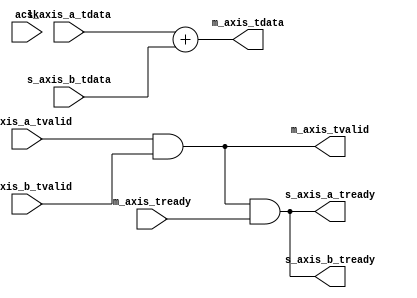
module axis_adder #
(
  parameter integer AXIS_TDATA_WIDTH = 32,
  parameter         AXIS_TDATA_SIGNED = "FALSE"
)
(
  input  wire                        aclk,
  output wire                        s_axis_a_tready,
  input  wire [AXIS_TDATA_WIDTH-1:0] s_axis_a_tdata,
  input  wire                        s_axis_a_tvalid,
  output wire                        s_axis_b_tready,
  input  wire [AXIS_TDATA_WIDTH-1:0] s_axis_b_tdata,
  input  wire                        s_axis_b_tvalid,
  input  wire                        m_axis_tready,
  output wire [AXIS_TDATA_WIDTH-1:0] m_axis_tdata,
  output wire                        m_axis_tvalid
);
  wire [AXIS_TDATA_WIDTH-1:0] int_tdata_wire;
  wire int_tready_wire, int_tvalid_wire;
  generate
    if(AXIS_TDATA_SIGNED == "TRUE")
    begin : SIGNED
      assign int_tdata_wire = $signed(s_axis_a_tdata) + $signed(s_axis_b_tdata);
    end
    else
    begin : UNSIGNED
      assign int_tdata_wire = s_axis_a_tdata + s_axis_b_tdata;
    end
  endgenerate
  assign int_tvalid_wire = s_axis_a_tvalid & s_axis_b_tvalid;
  assign int_tready_wire = int_tvalid_wire & m_axis_tready;
  assign s_axis_a_tready = int_tready_wire;
  assign s_axis_b_tready = int_tready_wire;
  assign m_axis_tdata = int_tdata_wire;
  assign m_axis_tvalid = int_tvalid_wire;
endmodule